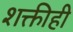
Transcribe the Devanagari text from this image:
शक्तीही